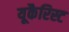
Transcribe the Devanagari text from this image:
यूकैरिस्ट